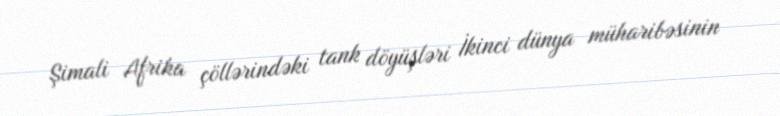
Şimali Afrika çöllərindəki tank döyüşləri İkinci dünya müharibəsinin